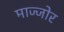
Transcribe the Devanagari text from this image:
माज्जोर